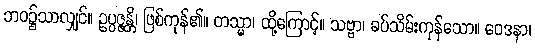
ဘဝ၌သာလျှင်။ ဥပ္ပဇ္ဇန္တိ၊ ဖြစ်ကုန်၏။ တသ္မာ၊ ထို့ကြောင့်။ သဗ္ဗာ၊ ခပ်သိမ်းကုန်သော။ ဝေဒနာ၊